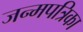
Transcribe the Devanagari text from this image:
जन्मपत्रिका